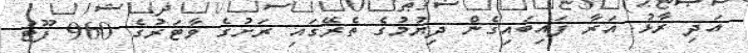
އަދި ރާޅު އަރާ ފައިބައިގެން ދިޔުމުގެ ތެރޭގައި ރަށުގެ ވާޓަރުގެ 960 ފޫޓު